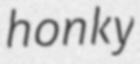
honky